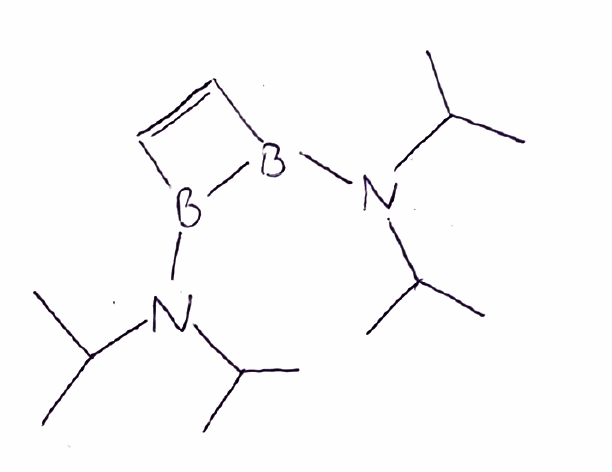
Simplified molecular-input line-entry system (SMILES) notation of the given molecule:
B1(B(C=C1)N(C(C)C)C(C)C)N(C(C)C)C(C)C